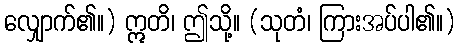
လျှောက်၏။) ဣတိ၊ ဤသို့။ (သုတံ၊ ကြားအပ်ပါ၏။)